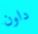
داون